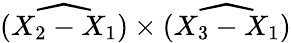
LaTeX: \widehat{(X_{2}-X_{1})}\times\widehat{(X_{3}-X_{1})}